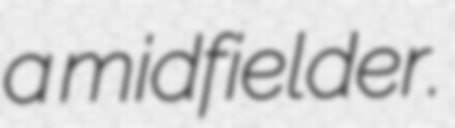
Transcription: a midfielder.